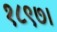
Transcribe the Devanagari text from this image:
१८९७।